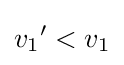
{{v}_{1}}^{\prime }<{{v}_{1}}